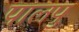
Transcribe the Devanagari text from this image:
पालपु